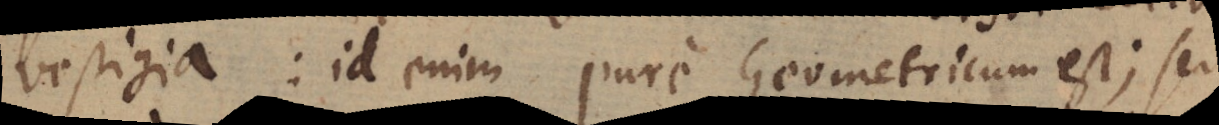
vestigia: id enim pure Geometricum est; sed